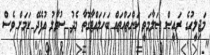
މަޖިލީހުގެ ރައީސް ސަލާމަތީ ކަންތައްތައް ބަހަލައްޓާގޮތާ މެދު ސުވާލު އުފެދޭ ކަމަށް ވެސް